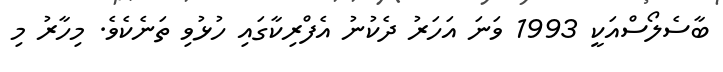
ބާސެލޯސްއަކީ 1993 ވަނަ އަހަރު ދެކުނު އެފްރިކާގައި ހުޅުވި ތަނެކެވެ. މިހާރު މި